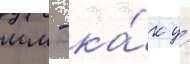
мм - ка́к у́